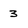
Character: 3